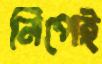
নিপেই